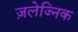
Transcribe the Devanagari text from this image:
ज़लेज्निक